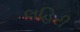
લહિરી